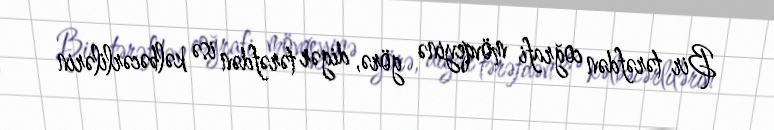
Bir tərəfdən coğrafi mövqeyinə görə, digər tərəfdən isə kəlbəcərlilərin